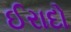
ઈરાદો